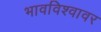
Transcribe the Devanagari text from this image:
भावविश्वावर